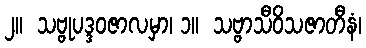
၂။  သဗ္ဗုပဒ္ဒဝဇာလမှာ၊ ၁။  သဗ္ဗာသီဝိသဇာတီနံ၊